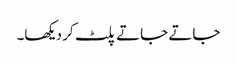
جاتے جاتے پلٹ کر دیکھا۔